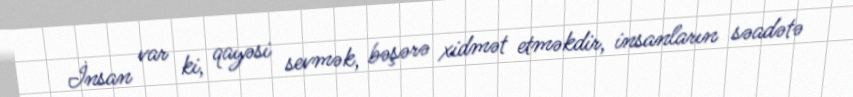
İnsan var ki, qayəsi sevmək, bəşərə xidmət etməkdir, insanların səadətə